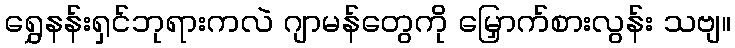
ရွှေနန်းရှင်ဘုရားကလဲ ဂျာမန်တွေကို မြှောက်စားလွန်း သဗျ။